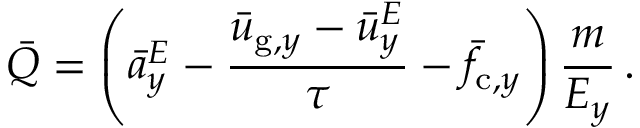
\bar { Q } = \left( \bar { a } _ { y } ^ { E } - \frac { \bar { u } _ { \mathrm { g } , y } - \bar { u } _ { y } ^ { E } } { \tau } - \bar { f } _ { \mathrm { c } , y } \right) \frac { m } { E _ { y } } \, .